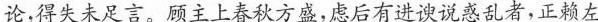
论，得夫未足言。顾主上春秋方盛，虑后有进谀说感乱者，正赖左